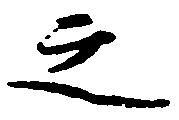
之